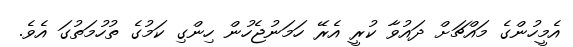
އެމީހުންގެ މައްޗަށް ދައުވާ ކުރީ އެރޭ ހަމަނުޖެހުން ހިންގި ކަމުގެ ތުހުމަތުގަ އެވެ.